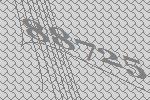
88725